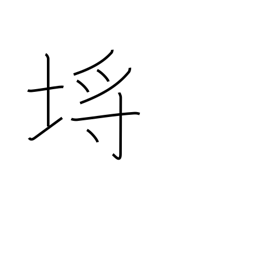
Meaning: picket fence